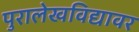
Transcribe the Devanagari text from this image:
पुरालेखविद्यावर